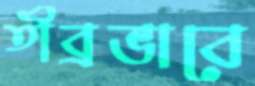
তীব্রভাবে